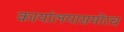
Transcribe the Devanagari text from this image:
कार्यालयासमोरच